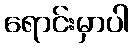
ရောင်းမှာပါ